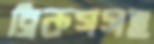
ব্রিকসসহ